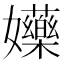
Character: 𡤤